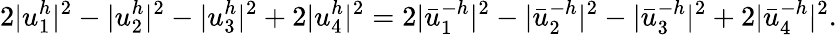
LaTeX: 2|u_{1}^{h}|^{2}-|u_{2}^{h}|^{2}-|u_{3}^{h}|^{2}+2|u_{4}^{h}|^{2}=2|\bar{u}_{1}^{-h}|^{2}-|\bar{u}_{2}^{-h}|^{2}-|\bar{u}_{3}^{-h}|^{2}+2|\bar{u}_{4}^{-h}|^{2}.